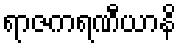
ရာဇကရဏီယာနိ